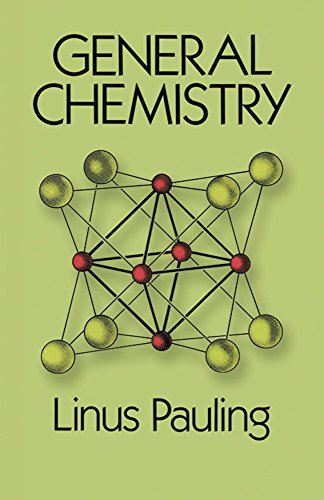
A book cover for General Chemistry (Dover Books on Chemistry); Linus Pauling; Science & Math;